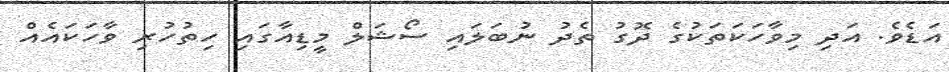
އަޑެވެ. އަދި މިވާހަކަތަކުގެ ދޮގު ތެދު ނުބަލައި ސޯޝަލް މީޑިއާގައި ހިތުހުރި ވާހަކައެއް